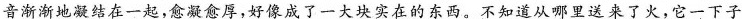
音渐渐地凝结在一起，愈凝愈厚，好像成了一大块实在的东西。不知道从哪里送来了火，它一下子